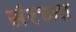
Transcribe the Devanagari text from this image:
संरच्ना